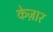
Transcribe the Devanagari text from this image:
केज़ार